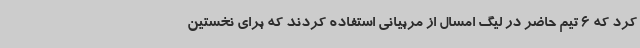
کرد که 6 تیم حاضر در لیگ امسال از مربیانی استفاده کردند که برای نخستین